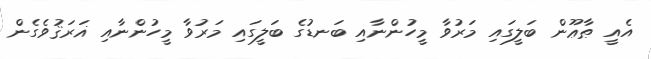
އެއީ ޠާޢޫން ބަލީގައި މަރުވާ މީހުންނާއި ބަނޑުގެ ބަލީގައި މަރުވާ މީހުންނާއި ޣަރަޤުވެގެން